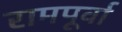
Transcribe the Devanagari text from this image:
रामपूर्वा